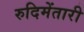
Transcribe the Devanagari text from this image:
रुदिमेंतारी